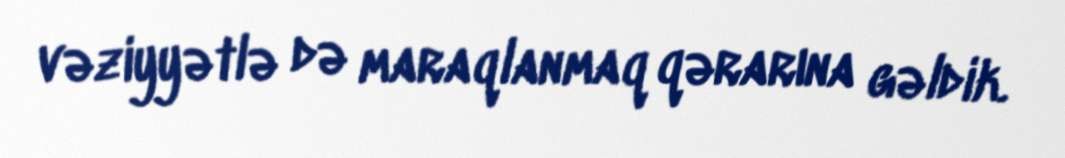
vəziyyətlə də maraqlanmaq qərarına gəldik.